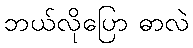
ဘယ်လိုပြော ဓာလဲ